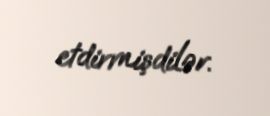
etdirmişdilər.